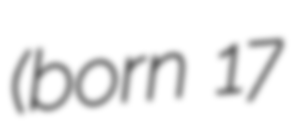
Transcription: (born 17